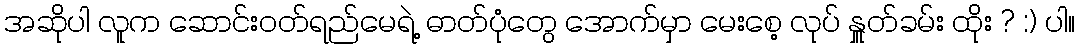
အဆိုပါ လူက ဆောင်းဝတ်ရည်မေရဲ့ ဓာတ်ပုံတွေ အောက်မှာ မေးစေ့ လုပ် နှူတ်ခမ်း ထိုး ? :) ပါ။